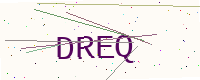
Text: DREQ